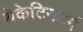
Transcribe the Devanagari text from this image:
येकेटिनबर्ग